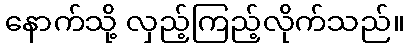
နောက်သို့ လှည့်ကြည့်လိုက်သည်။